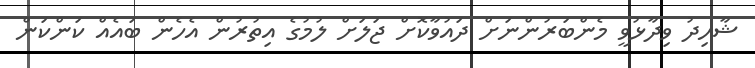
ޝާހިދު ވިދާޅުވީ މެންބަރުންނަށް ދައުވާކޮށް ޖަލަށް ލުމުގެ އިތުރުން އެހެން ބައެއް ކަންކަން